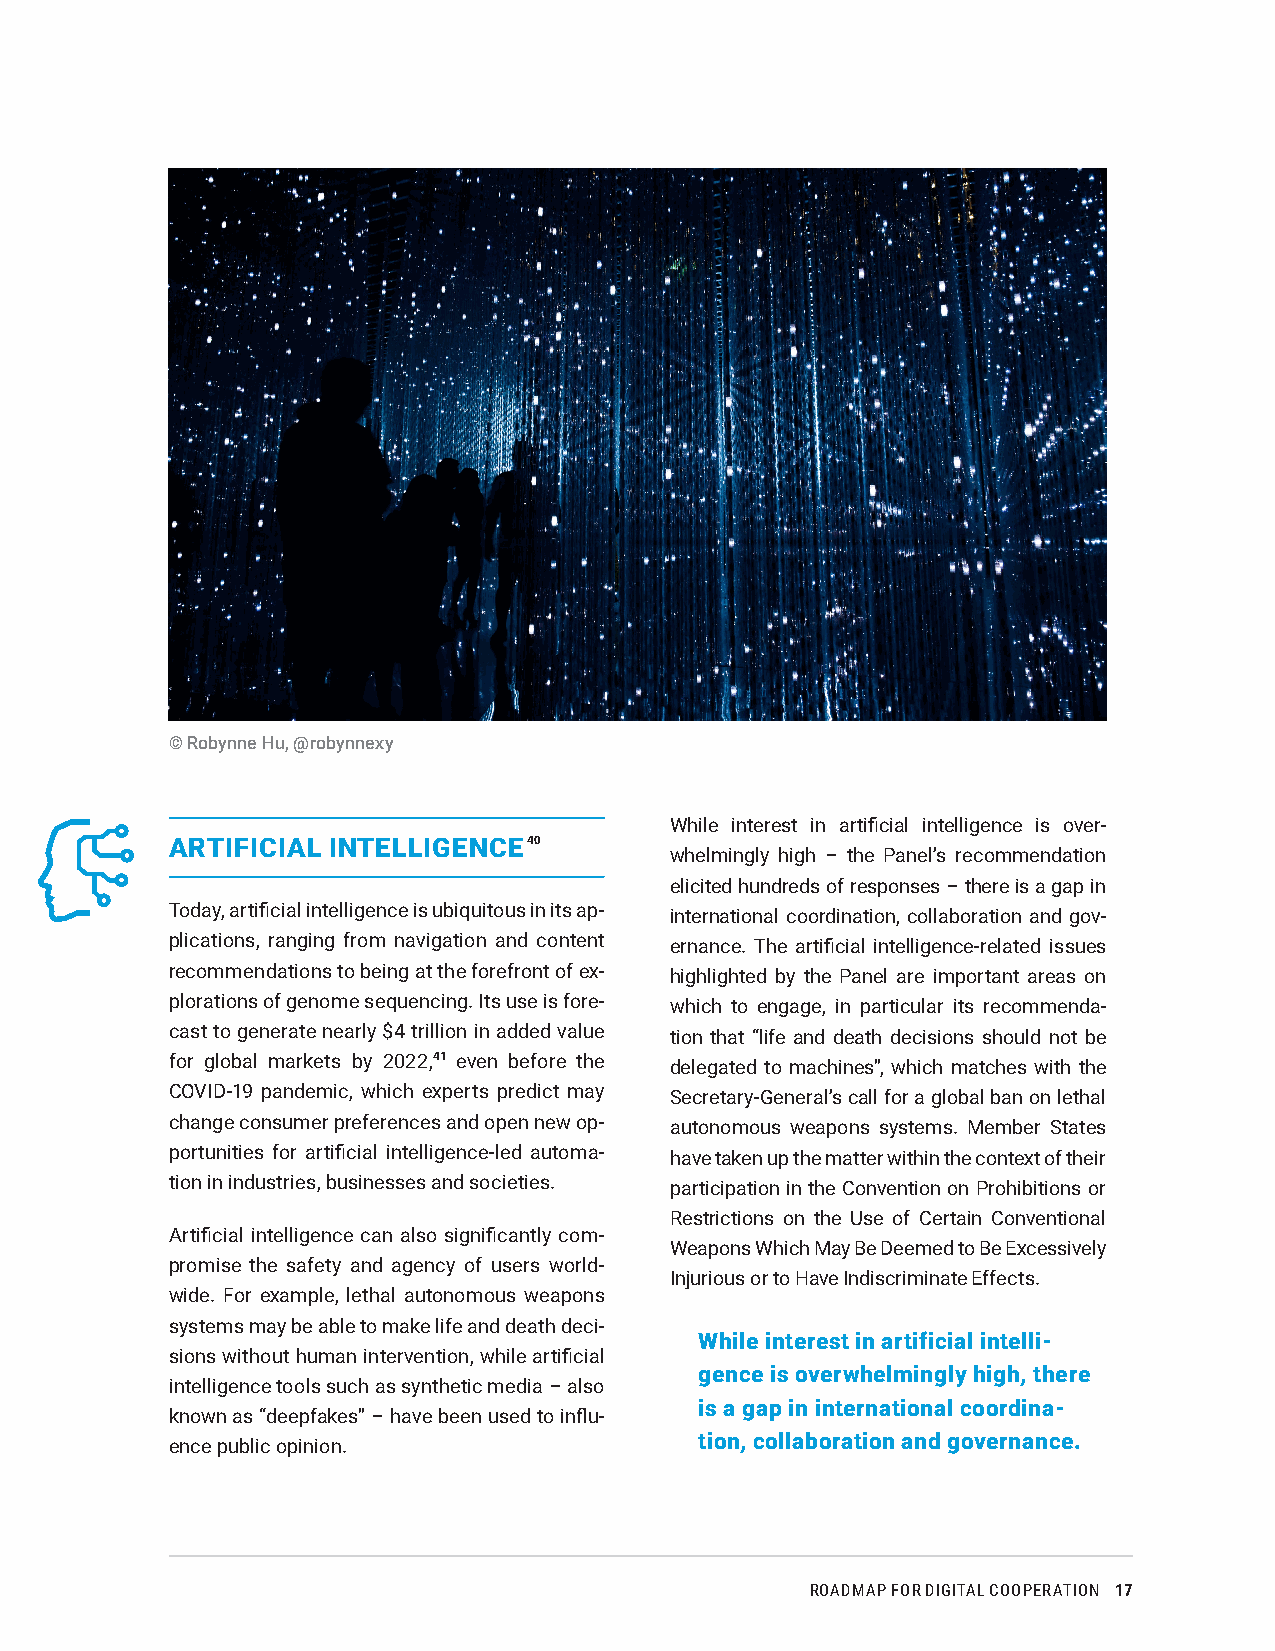
© Robynne Hu, @robynnexy
 While interest in artificial intelligence is over-
 ARTIFICIAL INTELLIGENCE 40
 whelmingly high – the Panel’s recommendation
 elicited hundreds of responses – there is a gap in
 Today, artificial intelligence is ubiquitous in its ap- international coordination, collaboration and gov-
 plications, ranging from navigation and content ernance. The artificial intelligence-related issues
 recommendations to being at the forefront of ex- highlighted by the Panel are important areas on
 plorations of genome sequencing. Its use is fore- which to engage, in particular its recommenda-
 cast to generate nearly $4 trillion in added value tion that “life and death decisions should not be
 for global markets by 2022,41 even before the delegated to machines”, which matches with the
 COVID-19 pandemic, which experts predict may Secretary-General’s call for a global ban on lethal
 change consumer preferences and open new op- autonomous weapons systems. Member States
 portunities for artificial intelligence-led automa- have taken up the matter within the context of their
 tion in industries, businesses and societies. participation in the Convention on Prohibitions or
 Restrictions on the Use of Certain Conventional
 Artificial intelligence can also significantly com-
 Weapons Which May Be Deemed to Be Excessively
 promise the safety and agency of users world-
 Injurious or to Have Indiscriminate Effects.
 wide. For example, lethal autonomous weapons
 systems may be able to make life and death deci-
 While interest in artificial intelli-
 sions without human intervention, while artificial
 gence is overwhelmingly high, there
 intelligence tools such as synthetic media – also
 is a gap in international coordina-
 known as “deepfakes” – have been used to influ-
 tion, collaboration and governance.
 ence public opinion.
 ROADMAP FOR DIGITAL COOPERATION 17